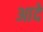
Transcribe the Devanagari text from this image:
आदे